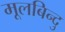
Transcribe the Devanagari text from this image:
मूलबिन्दु